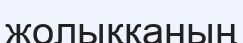
жолыққаның